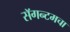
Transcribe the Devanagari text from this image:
सॅगन्टमचा